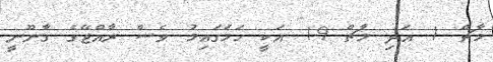
މާޗް 1 އަދި މާޗް 19 އަކީ ހަމަގައިމު ވެސް ރާއްޖޭގެ ގާނޫނީ